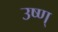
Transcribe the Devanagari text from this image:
उष्ण्